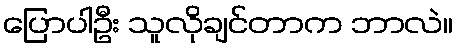
ပြောပါဦး သူလိုချင်တာက ဘာလဲ။